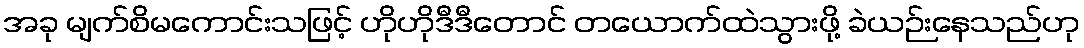
အခု မျက်စိမကောင်းသဖြင့် ဟိုဟိုဒီဒီတောင် တယောက်ထဲသွားဖို့ ခဲယဉ်းနေသည်ဟု